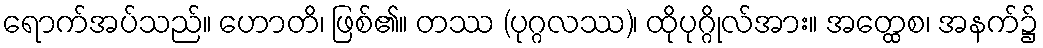
ရောက်အပ်သည်။ ဟောတိ၊ ဖြစ်၏။ တဿ (ပုဂ္ဂလဿ)၊ ထိုပုဂ္ဂိုလ်အား။ အတ္ထေစ၊ အနက်၌